Indian journal of veterinary science and animal husbandry - Volume 8,
Year: 1938
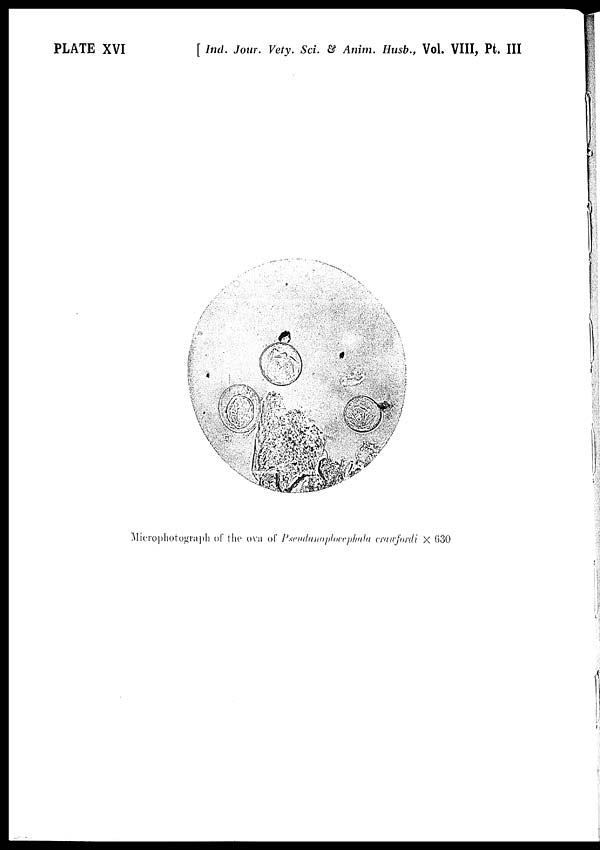
PLATE XVI
[ Ind. Jour. Vety. Sci. & Anim. Husb., Vol. VIII, Pt. III
Microphotograph of the ova of Pseudanoplocephala crawfordi × 630